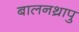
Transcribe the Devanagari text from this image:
बालनथ्रापु